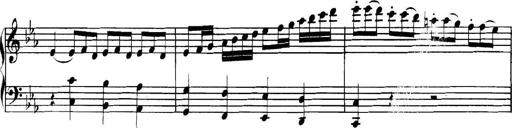
Title: Collected Piano Sonatas
Composer: Muzio Clementi